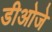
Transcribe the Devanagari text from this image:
डीओजे